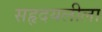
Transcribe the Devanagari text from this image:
सहृदयलीला